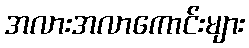
အလားအလာကောင်းများ